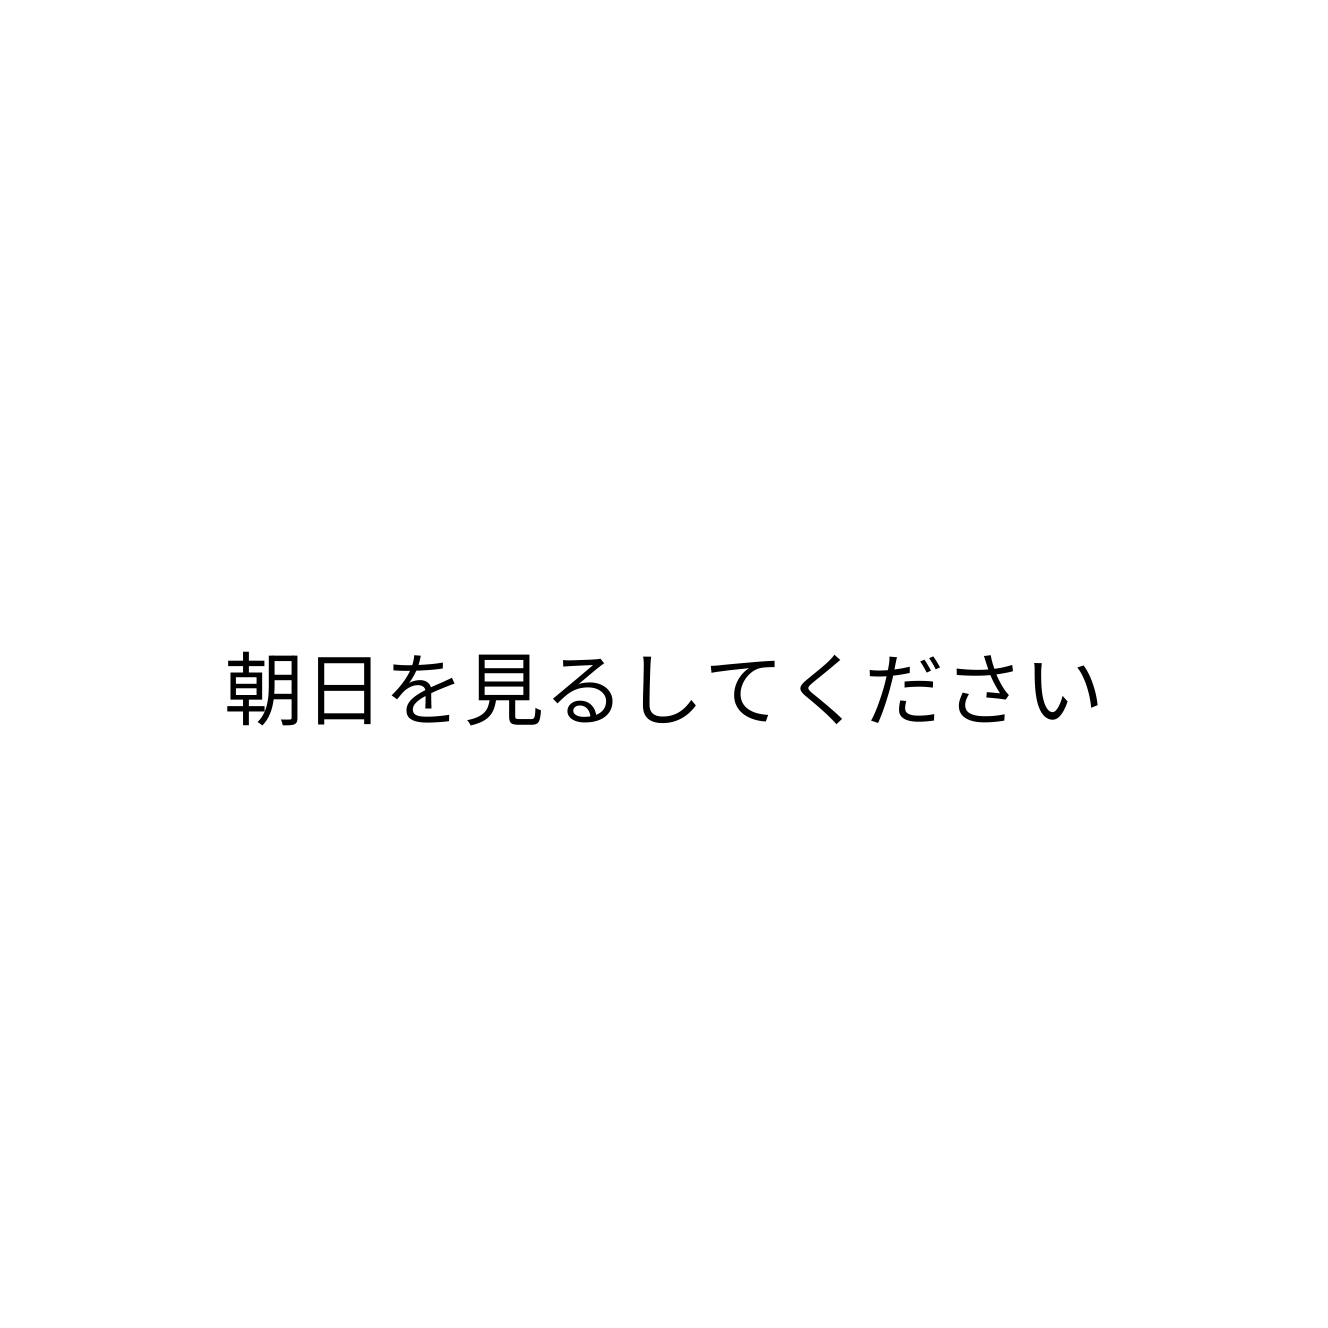
朝日を見るしてください